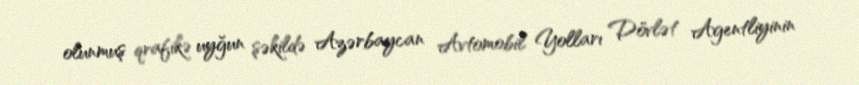
olunmuş qrafikə uyğun şəkildə Azərbaycan Avtomobil Yolları Dövlət Agentliyinin